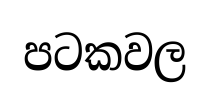
පටකවල